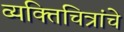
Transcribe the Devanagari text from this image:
व्यक्तिचित्रांचे